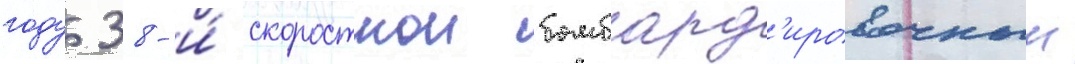
году 38-и́ скоростнои бомбард'ировочныи